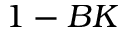
1 - B K